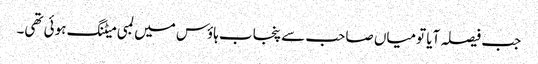
جب فیصلہ آیا تومیاں صاحب سے پنجاب ہاؤس میں لمبی میٹنگ ہوئی تھی۔